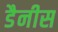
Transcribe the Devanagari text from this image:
डैनीस